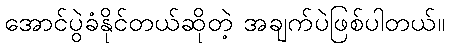
အောင်ပွဲခံနိုင်တယ်ဆိုတဲ့ အချက်ပဲဖြစ်ပါတယ်။